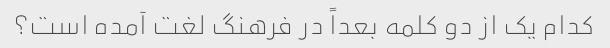
کدام یک از دو کلمه بعداً در فرهنگ لغت آمده است؟